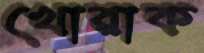
খোরাক